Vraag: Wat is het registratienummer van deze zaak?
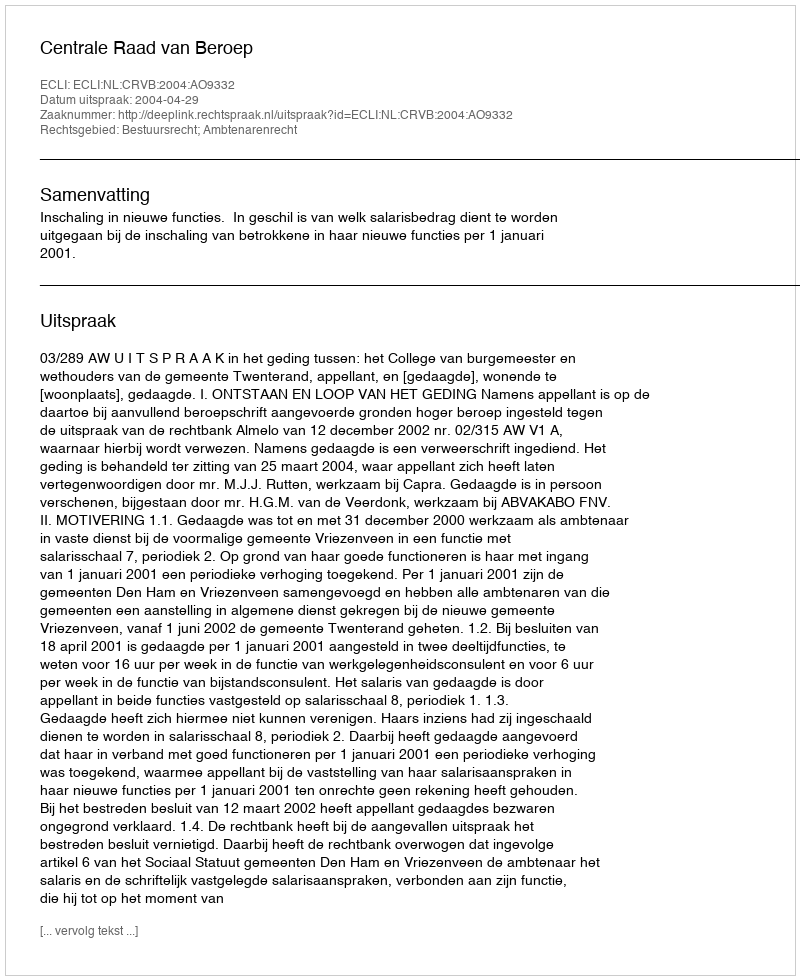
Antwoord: http://deeplink.rechtspraak.nl/uitspraak?id=ECLI:NL:CRVB:2004:AO9332